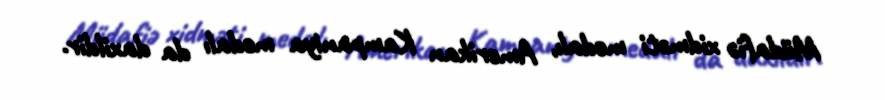
Müdafiə xidməti medalı, Amerikan Kampaniya medalı da daxildir.